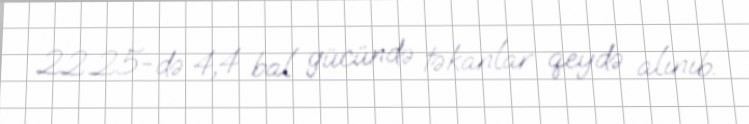
22.25-də 4,4 bal gücündə təkanlar qeydə alınıb.